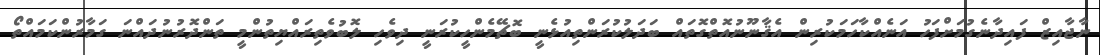
ނާޖާއިޒް ފައިދާނެގުމަށްފަހު އަނެއްކާހަމަކުރިން އެޤާނޫނުއޮތްގޮތައް ބަދަލުކުރަންތިއުޅެނީ ބޮޗޭމެންހީކުރަނީ ދިވެހި ލޮބުވެތިރައްޔިތުންމީ ތަންދޮރުނުދައްނަ ގަމާރުންކަމައްތޯ